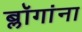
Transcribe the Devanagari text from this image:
ब्लॉगांना